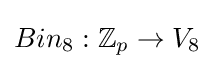
Bin_{8}:\mathbb {Z} _{p}\rightarrow V_{8}